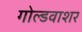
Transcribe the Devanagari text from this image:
गोल्डवाशर